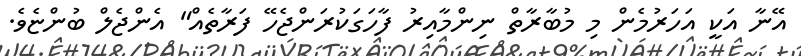
އޭނާ އަކީ އަހަރުމެން މި މުބާރާތް ނިންމާއިރު ފާހަގަކުރަންޖެހޭ ފަރާތެއް" އެންޖެލް ބުންޏެވެ.